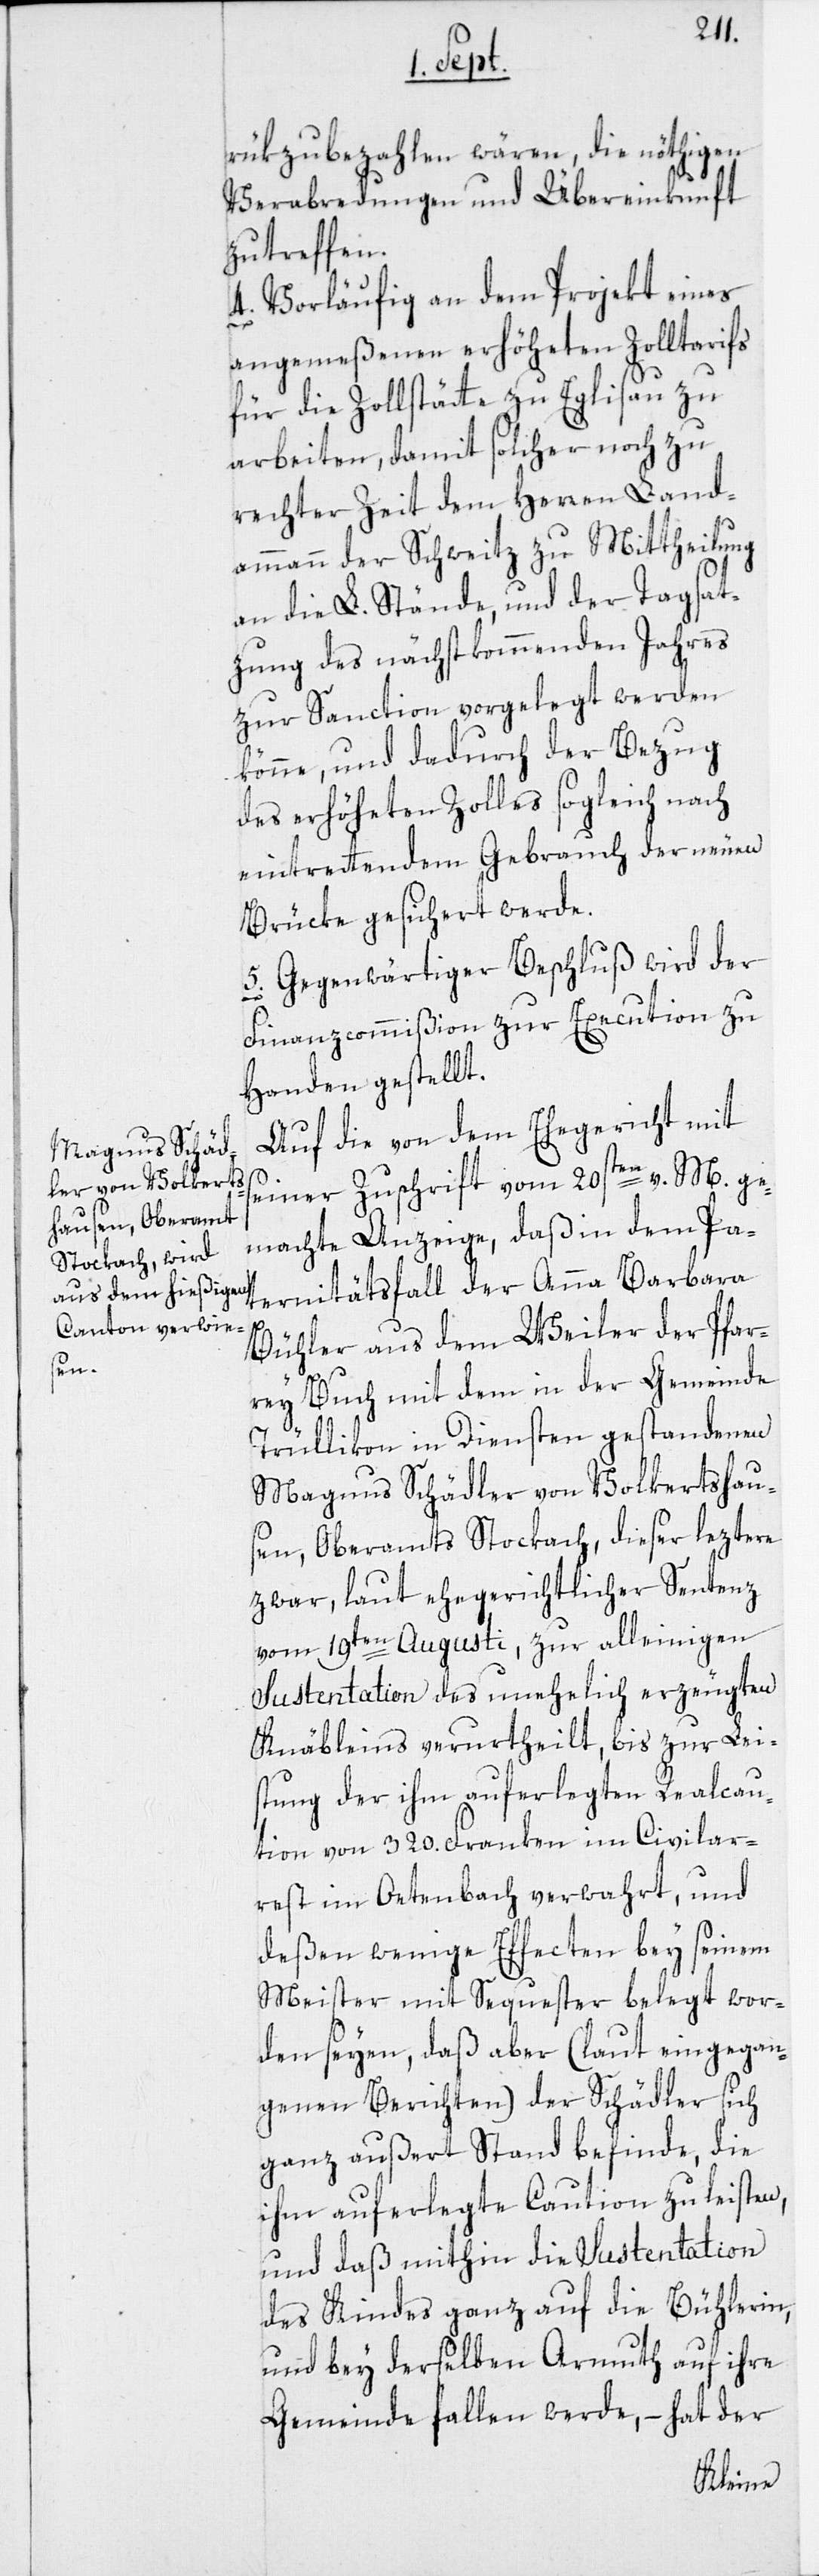
rükzubezahlen wären, die nöthigen
Verabredungen und Übereinkunft
zu treffen.
4. Vorläufig an dem Projekt eines
angemeßenen erhöheten Zolltarifs
für die Zollstätte zu Eglisau zu
arbeiten, damit solcher noch zu
rechter Zeit dem Herren Land¬
ammann der Schweitz zu Mittheilung
an die L. Stände, und der Tagsat¬
zung des nächstkommenden Jahres
zur Sanction vorgelegt werden
könne, und dadurch der Bezug
des erhöheten Zolles sogleich nach
eintrettendem Gebrauch der neuen
Brücke gesichert werde.
Gegenwärtiger Beschluß wird der
Finanzcommißion zur Execution zu
Handen gestellt.
Auf die von dem Ehegericht mit
einer Zuschrift vom 20sten v. M. ge¬
machte Anzeige, daß in dem Pa¬
ternitätsfall der Anna Barbara
s¬
Bühler aus dem Weiler der Pfar¬
rey Buch mit dem in der Gemeinde
Trüllikon in Diensten gestandenen
Magnus Schädler von Volkertshaus¬
en, Oberamts Stockach, dieser leztere
zwar, laut ehegerichtlicher Sentenz
vom 19ten Augusti, zur alleinigen
Sustentation des unehelich erzeugten
Knäbleins verurtheilt, bis zur Lei¬
stung der ihm auferlegten Realcau¬
tion von 320. Franken im Civilar¬
rest im Oetenbach verwahrt, und
deßen wenige Effecten bey seinem
Meister mit Sequester belegt wor¬
den seyen, daß aber (laut eingegan¬
genen Berichten) der Schädler sich
ganz außert Stand befinde, die
ihm auferlegte Caution zu leisten,
und daß mithin die Sustentation
des Kindes ganz auf die Bühlerin,
und bey derselben Armuth auf ihre
Gemeinde fallen werde, – hat der